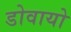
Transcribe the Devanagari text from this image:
डोवायो